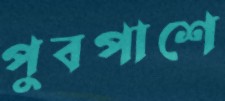
পুবপাশে